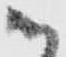
御